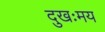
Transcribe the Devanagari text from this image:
दुखःमय